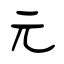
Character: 元